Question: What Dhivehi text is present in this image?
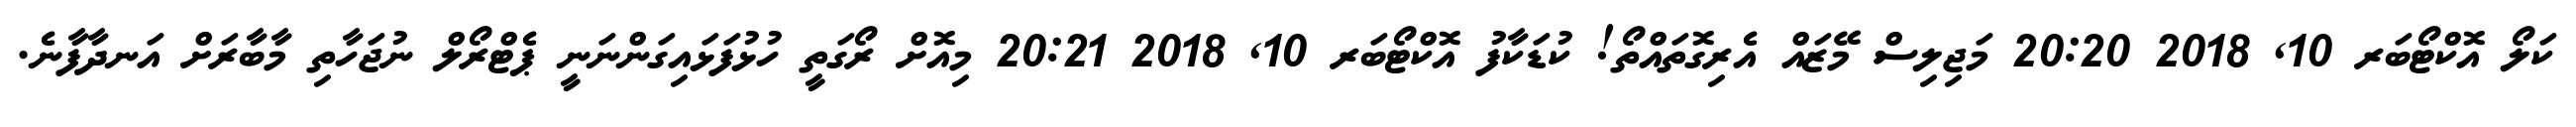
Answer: ކަލޯ އޮކްޓޯބަރ 10, 2018 20:20 މަޖިލިސް މޭޒައް އެރިގޮތައްތޯ! ކުޑަކާފު އޮކްޓޯބަރ 10, 2018 20:21 މިއޮށް ރޯގަތީ ހުޅުފަޅައިގަންނަނީ ޕެޓްރޯލް ނުޖަހާތި މާބާރަށް އަނދާފާނެ.